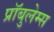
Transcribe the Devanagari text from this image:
प्रॉबुलेम्स